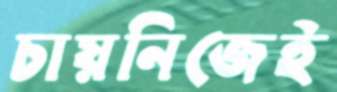
চায়নিজেই